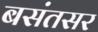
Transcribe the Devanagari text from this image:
बसंतसर